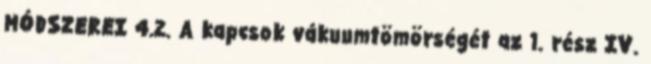
MÓDSZEREI 4.2. A kapcsok vákuumtömörségét az 1. rész IV.